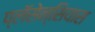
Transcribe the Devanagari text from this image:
प्लॅसेन्सियास